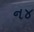
ન૪